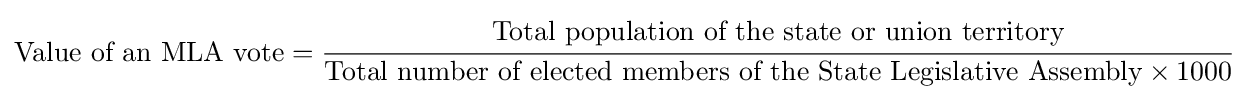
{\mbox{Value of an MLA vote}}={\cfrac {\mbox{Total population of the state or union territory}}{{\mbox{Total number of elected members of the State Legislative Assembly}}\times {1000}}}